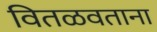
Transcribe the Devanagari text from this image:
वितळवताना